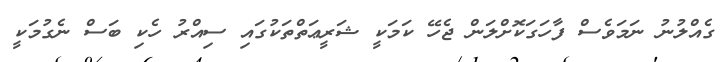
ގެއްލުނު ނަމަވެސް ފާހަގަކޮށްލަން ޖެހޭ ކަމަކީ ޝަރީޢަތްތަކުގައި ސިއްރު ހެކި ބަސް ނެގުމަކީ